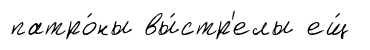
патро́ны вы́стр'елы ещ́